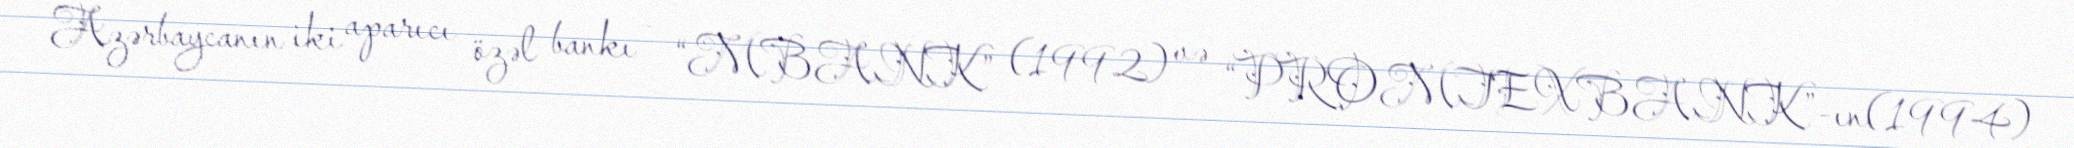
Azərbaycanın iki aparıcı özəl bankı – “MBANK” (1992) və “PROMTEXBANK”-ın(1994)